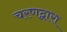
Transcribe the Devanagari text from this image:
चरणद्वारा